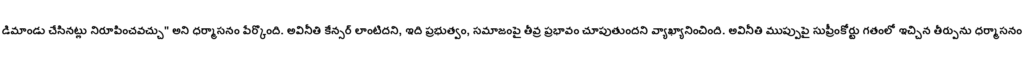
డిమాండు చేసినట్లు నిరూపించవచ్చు" అని ధర్మాసనం పేర్కొంది. అవినీతి కేన్సర్ లాంటిదని, ఇది ప్రభుత్వం, సమాజంపై తీవ్ర ప్రభావం చూపుతుందని వ్యాఖ్యానించింది. అవినీతి ముప్పుపై సుప్రీంకోర్టు గతంలో ఇచ్చిన తీర్పును ధర్మాసనం